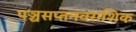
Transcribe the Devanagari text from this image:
पञ्चसप्तनवराशिक